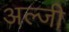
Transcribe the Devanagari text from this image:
अल्जी